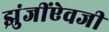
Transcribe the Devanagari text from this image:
झुंजींऐवजी